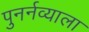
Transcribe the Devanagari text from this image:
पुनर्नव्याला